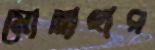
মোল্লাহার